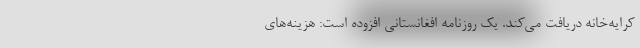
کرایه‌خانه دریافت می‌کند. یک روزنامه افغانستانی افزوده است: هزینه‌های